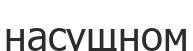
насущном